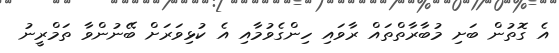
އެ ގޮތުން ބަށި މުބާރާތްތައް ރާވައި ހިންގެވުމާއި އެ ކުޅިވަރަށް ބޭނުންވާ ތަމްރީނު